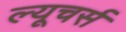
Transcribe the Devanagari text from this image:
ल्यूचर्स